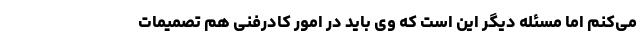
می‌کنم اما مسئله دیگر این است که وی باید در امور کادرفنی هم تصمیمات